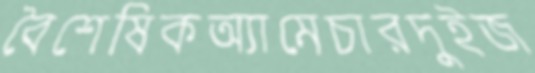
বৈশেষিকঅ্যামেচারদুইজ